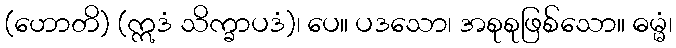
(ဟောတိ) (ဣဒံ သိက္ခာပဒံ)၊ ပေ။ ပဒသော၊ အစုစုဖြစ်သော။ ဓမ္မံ၊